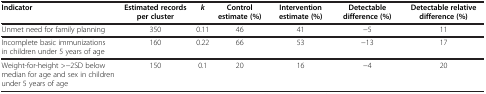
<table><thead><tr><td><b>Indicator</b></td><td><b>Estimated records per cluster</b></td><td><b><i>k</i></b></td><td><b>Control estimate (%)</b></td><td><b>Intervention estimate (%)</b></td><td><b>Detectable difference (%)</b></td><td><b>Detectable relative difference (%)</b></td></tr></thead><tbody><tr><td>Unmet need for family planning</td><td>350</td><td>0.11</td><td>46</td><td>41</td><td>−5</td><td>11</td></tr><tr><td>Incomplete basic immunizations in children under 5 years of age</td><td>160</td><td>0.22</td><td>66</td><td>53</td><td>−13</td><td>17</td></tr><tr><td>Weight-for-height &gt;−2SD below median for age and sex in children under 5 years of age</td><td>150</td><td>0.1</td><td>20</td><td>16</td><td>−4</td><td>20</td></tr></tbody></table>